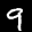
Label: 9